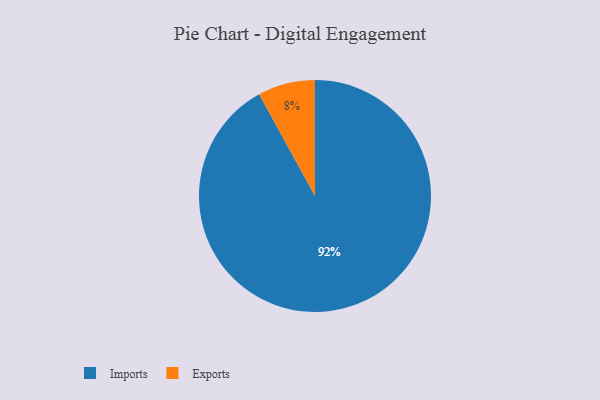
{"axis": {"x": "Category", "y": "Percentage"}, "legend": ["Exports", "Imports"], "data": [{"x": "Imports", "y": 92, "type": "Imports"}, {"x": "Exports", "y": 8, "type": "Exports"}]}